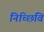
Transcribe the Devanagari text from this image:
निच्छिवि